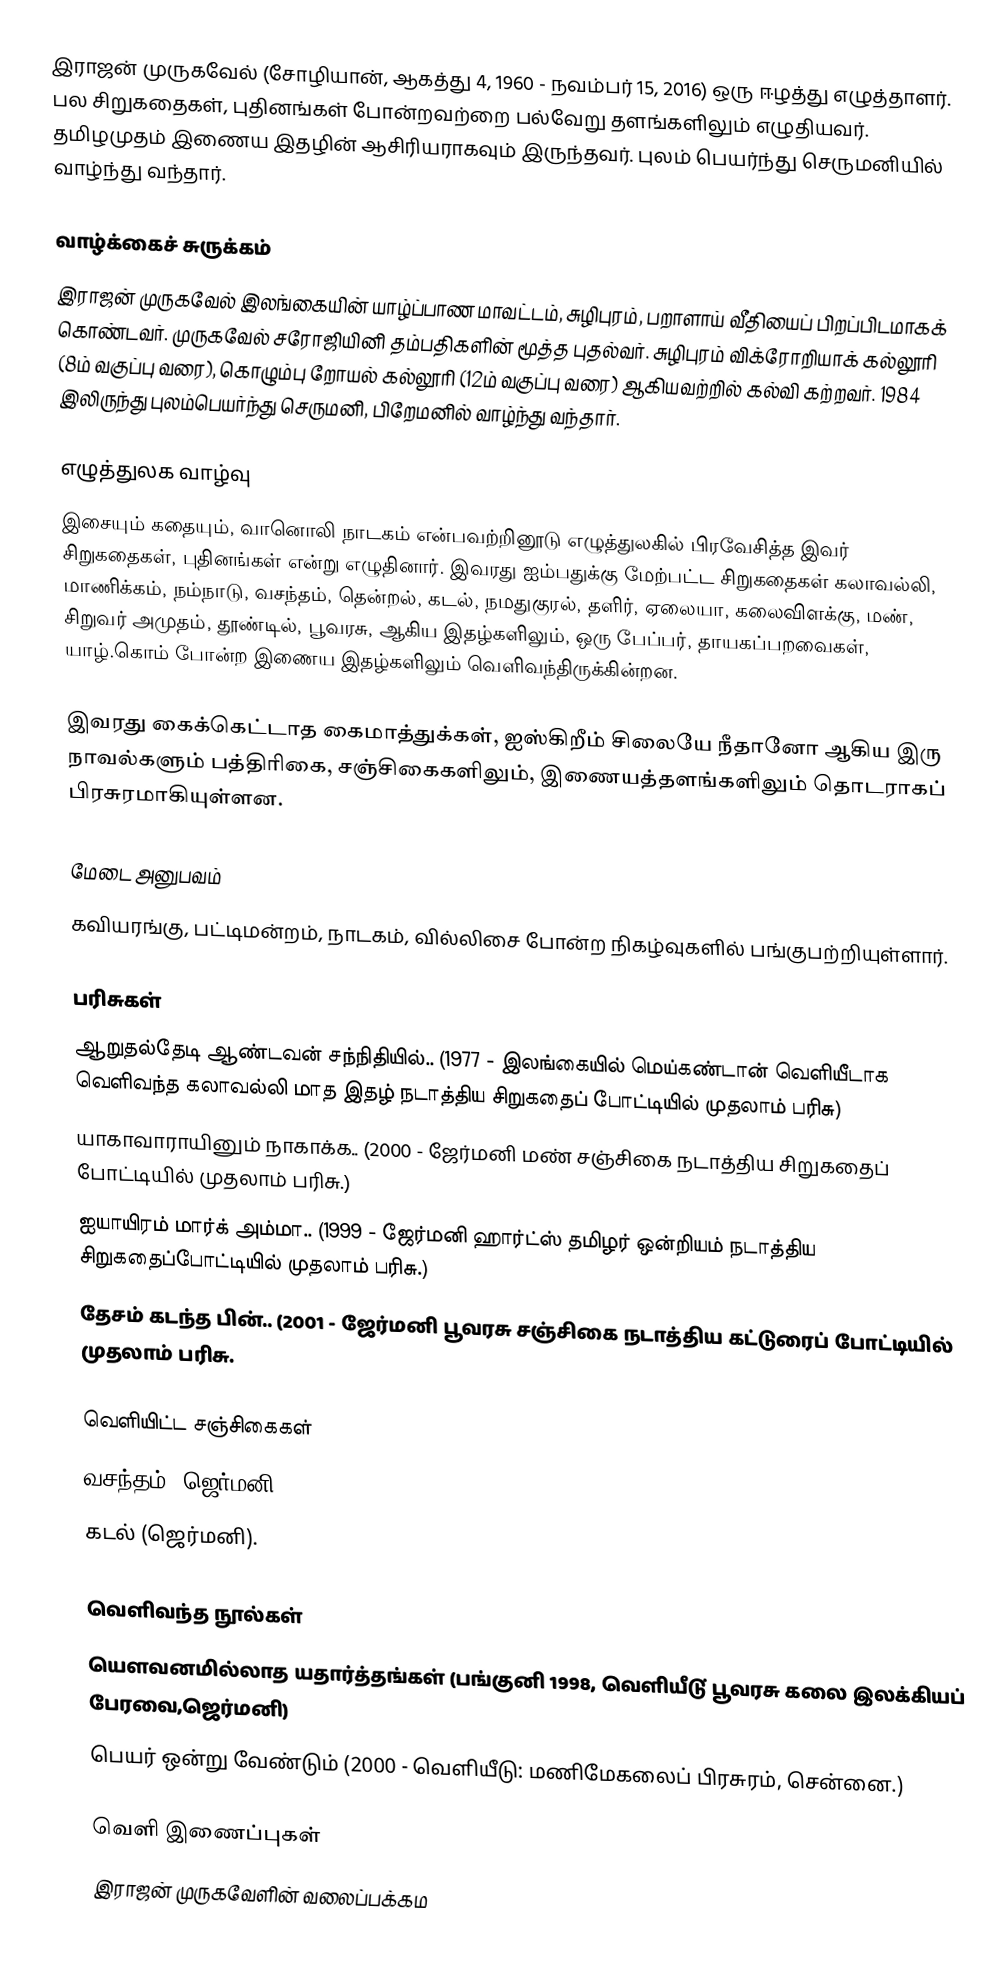
இராஜன் முருகவேல் (சோழியான், ஆகத்து 4, 1960 - நவம்பர் 15, 2016) ஒரு ஈழத்து எழுத்தாளர். பல சிறுகதைகள், புதினங்கள் போன்றவற்றை பல்வேறு தளங்களிலும் எழுதியவர். தமிழமுதம் இணைய இதழின் ஆசிரியராகவும் இருந்தவர். புலம் பெயர்ந்து செருமனியில் வாழ்ந்து வந்தார்.

வாழ்க்கைச் சுருக்கம்
இராஜன் முருகவேல் இலங்கையின் யாழ்ப்பாண மாவட்டம், சுழிபுரம், பறாளாய் வீதியைப் பிறப்பிடமாகக் கொண்டவர். முருகவேல் சரோஜியினி தம்பதிகளின் மூத்த புதல்வர். சுழிபுரம் விக்ரோறியாக் கல்லூரி (8ம் வகுப்பு வரை), கொழும்பு றோயல் கல்லூரி (12ம் வகுப்பு வரை) ஆகியவற்றில் கல்வி கற்றவர். 1984 இலிருந்து புலம்பெயர்ந்து செருமனி, பிறேமனில் வாழ்ந்து வந்தார்.

எழுத்துலக வாழ்வு
இசையும் கதையும், வானொலி நாடகம் என்பவற்றினூடு எழுத்துலகில் பிரவேசித்த இவர் சிறுகதைகள், புதினங்கள் என்று எழுதினார். இவரது ஐம்பதுக்கு மேற்பட்ட சிறுகதைகள் கலாவல்லி, மாணிக்கம், நம்நாடு, வசந்தம், தென்றல், கடல், நமதுகுரல், தளிர், ஏலையா, கலைவிளக்கு, மண், சிறுவர் அமுதம், தூண்டில், பூவரசு, ஆகிய இதழ்களிலும், ஒரு பேப்பர், தாயகப்பறவைகள், யாழ்.கொம் போன்ற இணைய இதழ்களிலும் வெளிவந்திருக்கின்றன.

இவரது கைக்கெட்டாத கைமாத்துக்கள், ஐஸ்கிறீம் சிலையே நீதானோ ஆகிய இரு நாவல்களும் பத்திரிகை, சஞ்சிகைகளிலும், இணையத்தளங்களிலும் தொடராகப் பிரசுரமாகியுள்ளன.

மேடை அனுபவம்
கவியரங்கு, பட்டிமன்றம், நாடகம், வில்லிசை போன்ற நிகழ்வுகளில் பங்குபற்றியுள்ளார்.

பரிசுகள்
 ஆறுதல்தேடி ஆண்டவன் சந்நிதியில்.. (1977 - இலங்கையில் மெய்கண்டான் வெளியீடாக வெளிவந்த கலாவல்லி மாத இதழ் நடாத்திய சிறுகதைப் போட்டியில் முதலாம் பரிசு)
 யாகாவாராயினும் நாகாக்க.. (2000 - ஜேர்மனி மண் சஞ்சிகை நடாத்திய சிறுகதைப் போட்டியில் முதலாம் பரிசு.)
 ஐயாயிரம் மார்க் அம்மா.. (1999 - ஜேர்மனி ஹார்ட்ஸ் தமிழர் ஒன்றியம் நடாத்திய சிறுகதைப்போட்டியில் முதலாம் பரிசு.)
 தேசம் கடந்த பின்.. (2001 - ஜேர்மனி பூவரசு சஞ்சிகை நடாத்திய கட்டுரைப் போட்டியில் முதலாம் பரிசு.

வெளியிட்ட சஞ்சிகைகள்
 வசந்தம் (ஜெர்மனி),
 கடல் (ஜெர்மனி).

வெளிவந்த நூல்கள்
 யெளவனமில்லாத யதார்த்தங்கள் (பங்குனி 1998, வெளியீடு் பூவரசு கலை இலக்கியப் பேரவை,ஜெர்மனி)
 பெயர் ஒன்று வேண்டும் (2000 - வெளியீடு: மணிமேகலைப் பிரசுரம், சென்னை.)

வெளி இணைப்புகள்
 இராஜன் முருகவேளின் வலைப்பக்கம